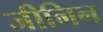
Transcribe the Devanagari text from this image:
जीनिन